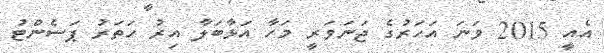
އެއީ 2015 ވަނަ އަހަރުގެ ޖަނަވަރީ މަހާ އަޅާބަލާ އިރު ހަތަރު ޕަސެންޓު